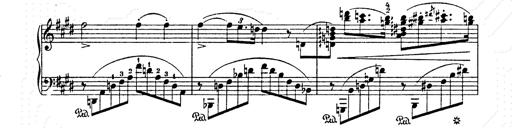
Title: AnnÃ©es de pÃ¨lerinage II
Composer: Franz Liszt